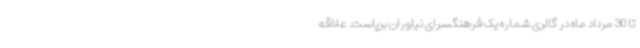
تا 30 مرداد ماه در گالری شماره یک فرهنگسرای نیاوران برپاست. علاقه